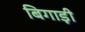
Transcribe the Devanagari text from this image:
बिगाड़ी